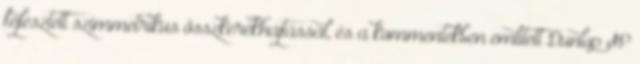
fejlesztett szimmetrikus összkerékhajtással, és a kommentekben említett Dunlop SP